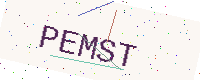
Text: PEMST